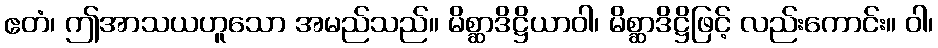
ဧတံ၊ ဤအာသယဟူသော အမည်သည်။ မိစ္ဆာဒိဋ္ဌိယာဝါ၊ မိစ္ဆာဒိဋ္ဌိဖြင့် လည်းကောင်း။ ဝါ၊